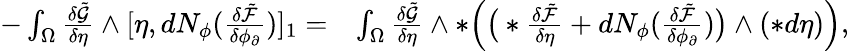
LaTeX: \begin{array}{rl}{-\int_{\Omega}\frac{\delta\tilde{\mathcal{G}}}{\delta\eta}\wedge[\eta,dN_{\phi}(\frac{\delta\tilde{\mathcal{F}}}{\delta\phi_{\partial}})]_{1}=}&{\int_{\Omega}\frac{\delta\tilde{\mathcal{G}}}{\delta\eta}\wedge\ast\Big(\big(\ast\frac{\delta\tilde{\mathcal{F}}}{\delta\eta}+dN_{\phi}(\frac{\delta\tilde{\mathcal{F}}}{\delta\phi_{\partial}})\big)\wedge(\ast d\eta)\Big),}\end{array}